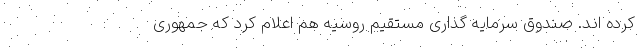
کرده اند. صندوق سرمایه گذاری مستقیم روسیه هم اعلام کرد که جمهوری